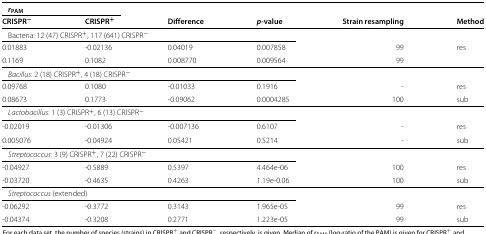
<table><thead><tr><td colspan="2"><b><i>r</i><sub>PAM</sub></b></td><td></td><td></td><td></td><td></td></tr><tr><td><b>CRISPR<sup>-</sup></b></td><td><b>CRISPR<sup>+</sup></b></td><td><b>Difference</b></td><td><b><i>p</i>-value</b></td><td><b>Strain resampling</b></td><td><b>Method</b></td></tr></thead><tbody><tr><td colspan="4">Bacteria: 12 (47) CRISPR<sup>+</sup>, 117 (641) CRISPR<sup>-</sup></td><td></td><td></td></tr><tr><td>0.01883</td><td>-0.02136</td><td>0.04019</td><td>0.007858</td><td>99</td><td>res</td></tr><tr><td>0.1169</td><td>0.1082</td><td>0.008770</td><td>0.009564</td><td>99</td><td></td></tr><tr><td colspan="4"><i>Bacillus</i>: 2 (18) CRISPR<sup>+</sup>, 4 (18) CRISPR<sup>-</sup></td><td></td><td></td></tr><tr><td>0.09768</td><td>0.1080</td><td>-0.01033</td><td>0.1916</td><td>-</td><td>res</td></tr><tr><td>0.08673</td><td>0.1773</td><td>-0.09062</td><td>0.0004285</td><td>100</td><td>sub</td></tr><tr><td colspan="4"><i>Lactobacillus</i>: 1 (3) CRISPR<sup>+</sup>, 6 (13) CRISPR<sup>-</sup></td><td></td><td></td></tr><tr><td>-0.02019</td><td>-0.01306</td><td>-0.007136</td><td>0.6107</td><td>-</td><td>res</td></tr><tr><td>0.005076</td><td>-0.04924</td><td>0.05421</td><td>0.5214</td><td>-</td><td>sub</td></tr><tr><td colspan="4"><i>Streptococcus</i>: 3 (9) CRISPR<sup>+</sup>, 7 (22) CRISPR<sup>-</sup></td><td></td><td></td></tr><tr><td>-0.04927</td><td>-0.5889</td><td>0.5397</td><td>4.464e-06</td><td>100</td><td>res</td></tr><tr><td>-0.03720</td><td>-0.4635</td><td>0.4263</td><td>1.19e-0.06</td><td>100</td><td>sub</td></tr><tr><td colspan="4"><i>Streptococcus</i> (extended)</td><td></td><td></td></tr><tr><td>-0.06292</td><td>-0.3772</td><td>0.3143</td><td>1.965e-05</td><td>99</td><td>res</td></tr><tr><td>-0.04374</td><td>-0.3208</td><td>0.2771</td><td>1.223e-05</td><td>99</td><td>sub</td></tr></tbody></table>